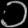
Digit: ၁